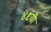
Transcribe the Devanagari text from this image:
४९वी